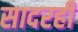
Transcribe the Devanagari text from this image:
सादरही